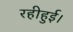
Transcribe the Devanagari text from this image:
रहीहुई।